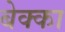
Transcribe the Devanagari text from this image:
बेक्का